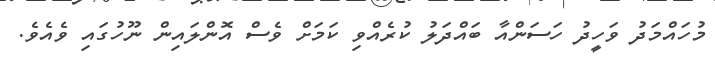
މުހައްމަދު ވަހީދު ހަސަންއާ ބައްދަލު ކުރެއްވި ކަމަށް ވެސް އޮންލައިން ނޫހުގައި ވެއެވެ.